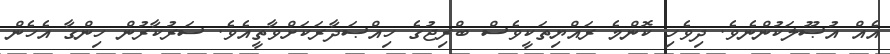
އެއް އުޞޫލަކުންނެވެ. ދިވެހި ކޮންމެ ރައްޔިތަކީވެސް ބްރިޖުގެ ހިއްޞަދާރަކަށްވާތީއެވެ. ސަރުކާރުން ހިންގާ އެހެން